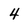
Character: 4